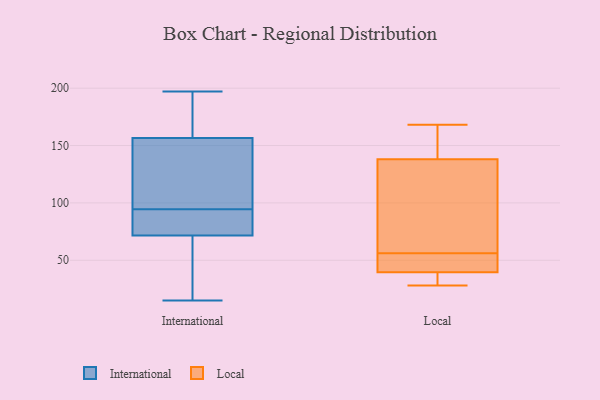
{"axis": {"x": "Revenue (USD Million)", "y": "Value"}, "legend": ["International", "Local"], "data": [{"x": "", "y": 144, "type": "International"}, {"x": "", "y": 94, "type": "International"}, {"x": "", "y": 169, "type": "International"}, {"x": "", "y": 15, "type": "International"}, {"x": "", "y": 186, "type": "International"}, {"x": "", "y": 71, "type": "International"}, {"x": "", "y": 72, "type": "International"}, {"x": "", "y": 197, "type": "International"}, {"x": "", "y": 74, "type": "International"}, {"x": "", "y": 121, "type": "International"}, {"x": "", "y": 17, "type": "International"}, {"x": "", "y": 95, "type": "International"}, {"x": "", "y": 42, "type": "Local"}, {"x": "", "y": 168, "type": "Local"}, {"x": "", "y": 32, "type": "Local"}, {"x": "", "y": 136, "type": "Local"}, {"x": "", "y": 31, "type": "Local"}, {"x": "", "y": 123, "type": "Local"}, {"x": "", "y": 144, "type": "Local"}, {"x": "", "y": 153, "type": "Local"}, {"x": "", "y": 55, "type": "Local"}, {"x": "", "y": 56, "type": "Local"}, {"x": "", "y": 96, "type": "Local"}, {"x": "", "y": 28, "type": "Local"}, {"x": "", "y": 51, "type": "Local"}]}